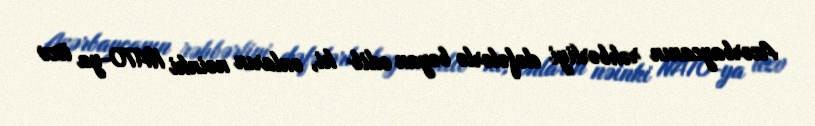
Azərbaycanın rəhbərliyi dəfələrlə bəyan edib ki, onların nəinki NATO-ya üzv